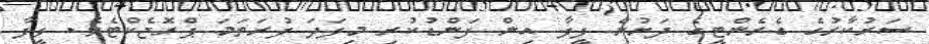
ސަރުކާރުގެ ގެރެންޓީގެ ދަށުން ފީފާ އިން ފަންޑުކުރި މިފަދަ ފުރަތަމަ ޕްރޮޖެކްޓެވެ. ފީފާ